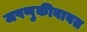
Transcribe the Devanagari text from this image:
जपणुकीबाबत